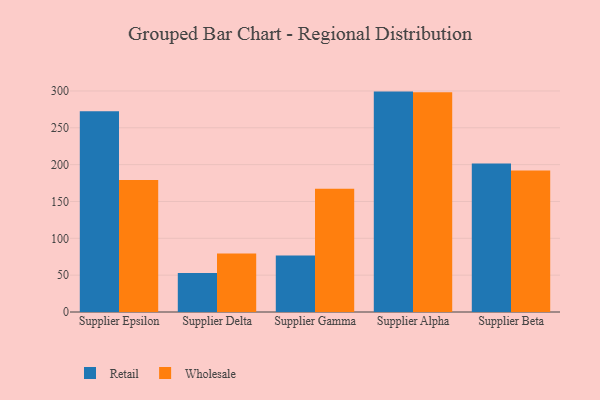
{"axis": {"x": "Supplier", "y": "Demand Index"}, "legend": ["Retail", "Wholesale"], "data": [{"x": "Supplier Epsilon", "y": 272.5, "type": "Retail"}, {"x": "Supplier Epsilon", "y": 179.2, "type": "Wholesale"}, {"x": "Supplier Delta", "y": 53.0, "type": "Retail"}, {"x": "Supplier Delta", "y": 79.3, "type": "Wholesale"}, {"x": "Supplier Gamma", "y": 76.7, "type": "Retail"}, {"x": "Supplier Gamma", "y": 167.2, "type": "Wholesale"}, {"x": "Supplier Alpha", "y": 299.1, "type": "Retail"}, {"x": "Supplier Alpha", "y": 298.1, "type": "Wholesale"}, {"x": "Supplier Beta", "y": 201.6, "type": "Retail"}, {"x": "Supplier Beta", "y": 191.9, "type": "Wholesale"}]}